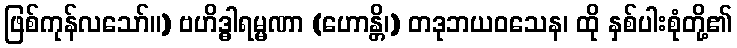
ဖြစ်ကုန်လသော်။) ဗဟိဒ္ဓါရမ္မဏာ (ဟောန္တိ၊) တဒုဘယဝသေန၊ ထို နှစ်ပါးစုံတို့၏